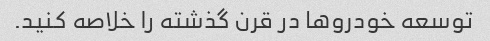
توسعه خودروها در قرن گذشته را خلاصه کنید.